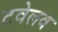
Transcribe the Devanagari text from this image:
टवेलव